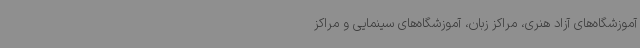
آموزشگاه‌های آزاد هنری، مراکز زبان، آموزشگاه‌های سینمایی و مراکز